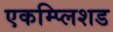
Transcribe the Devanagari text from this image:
एकम्प्लिशड